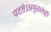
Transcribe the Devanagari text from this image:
पटते।अमृतातेही